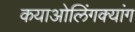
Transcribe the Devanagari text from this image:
कयाओलिंगक्यांग